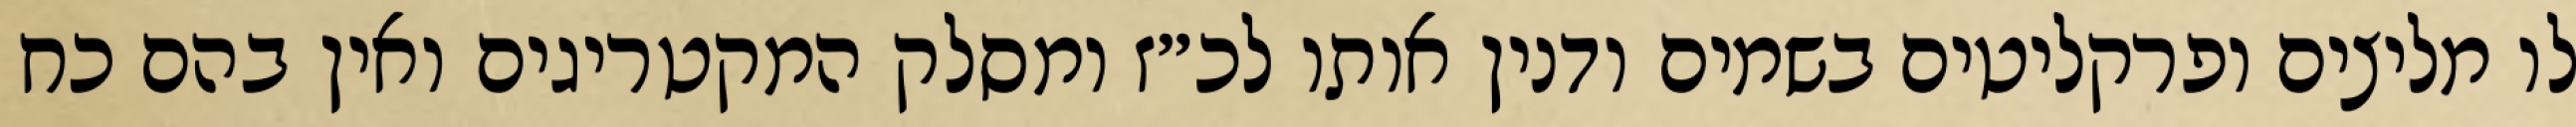
לו מליצים ופרקליטים בשמים ודנין אותו לכ״ז ומסלק המקטריגים ואין בהם כח